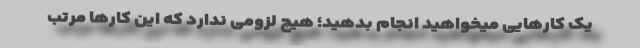
یک کارهایى میخواهید انجام بدهید؛ هیچ لزومى ندارد که این کارها مرتّب